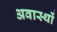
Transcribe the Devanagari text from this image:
अवास्थों